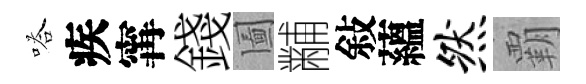
嗒疾𡩋錢圗黼敍蘊然覇